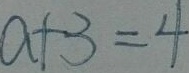
a + 3 = 4